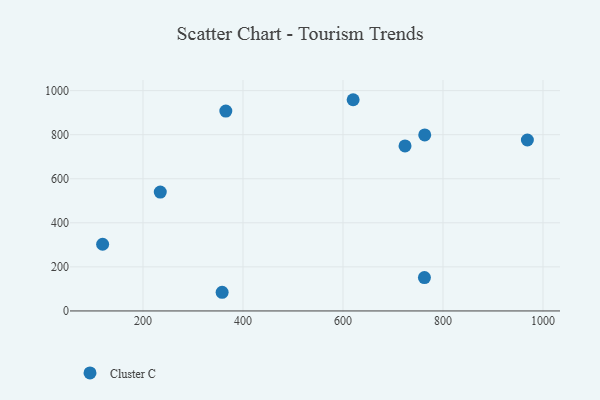
{"axis": {"x": "Experience", "y": "Demand"}, "legend": ["Cluster C"], "data": [{"x": "119.3", "y": 302.6, "type": "Cluster C"}, {"x": "724.1", "y": 748.9, "type": "Cluster C"}, {"x": "234.6", "y": 539.6, "type": "Cluster C"}, {"x": "762.9", "y": 151.5, "type": "Cluster C"}, {"x": "968.8", "y": 775.8, "type": "Cluster C"}, {"x": "358.3", "y": 84.7, "type": "Cluster C"}, {"x": "365.7", "y": 907.4, "type": "Cluster C"}, {"x": "763.5", "y": 798.7, "type": "Cluster C"}, {"x": "620.3", "y": 958.7, "type": "Cluster C"}]}